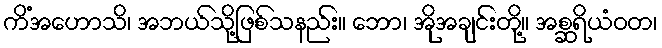
ကိံအဟောသိ၊ အဘယ်သို့ဖြစ်သနည်း။ ဘော၊ အိုအချင်းတို့။ အစ္ဆရိယံဝတ၊